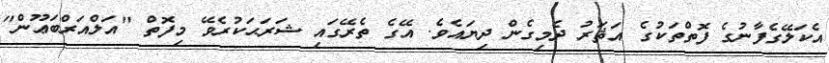
އެކަލޭގެފާނުގެ ފޮތްތަކުގެ އަޘަރު ދެމިގެން ދިޔައެވެ. އޭގެ ތެރޭގައި ޝަރަޙަކުރެވޭ މިފޮތް "އަލްއަރްބަޢޫން"